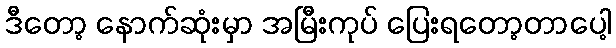
ဒီတော့ နောက်ဆုံးမှာ အမြီးကုပ် ပြေးရတော့တာပေါ့